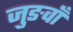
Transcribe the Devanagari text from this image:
जुङवाँ